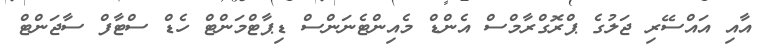
އާއި އައްސޭރި ޖަލުގެ ޕްރޮގްރާމްސް އެންޑް މެއިންޓެނަންސް ޑިޕާޓްމަންޓް ހެޑް ސްޓާފް ސާޖަންޓް